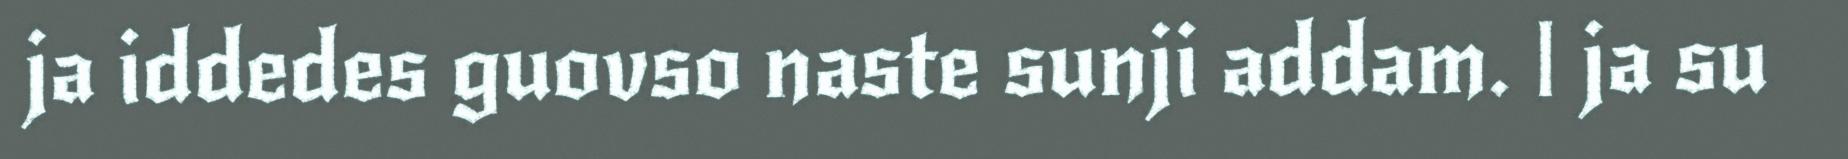
ja iddedes guovso naste sunji addam. | ja su